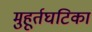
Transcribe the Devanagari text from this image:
मुहूर्तघटिका